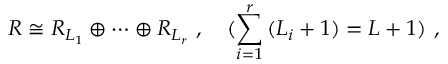
R \cong R _ { L _ { 1 } } \oplus \cdots \oplus R _ { L _ { r } } ~ , ~ ~ ~ ( \sum _ { i = 1 } ^ { r } \, ( L _ { i } + 1 ) = L + 1 ) ~ ,